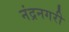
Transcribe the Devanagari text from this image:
नंद्रनगरी